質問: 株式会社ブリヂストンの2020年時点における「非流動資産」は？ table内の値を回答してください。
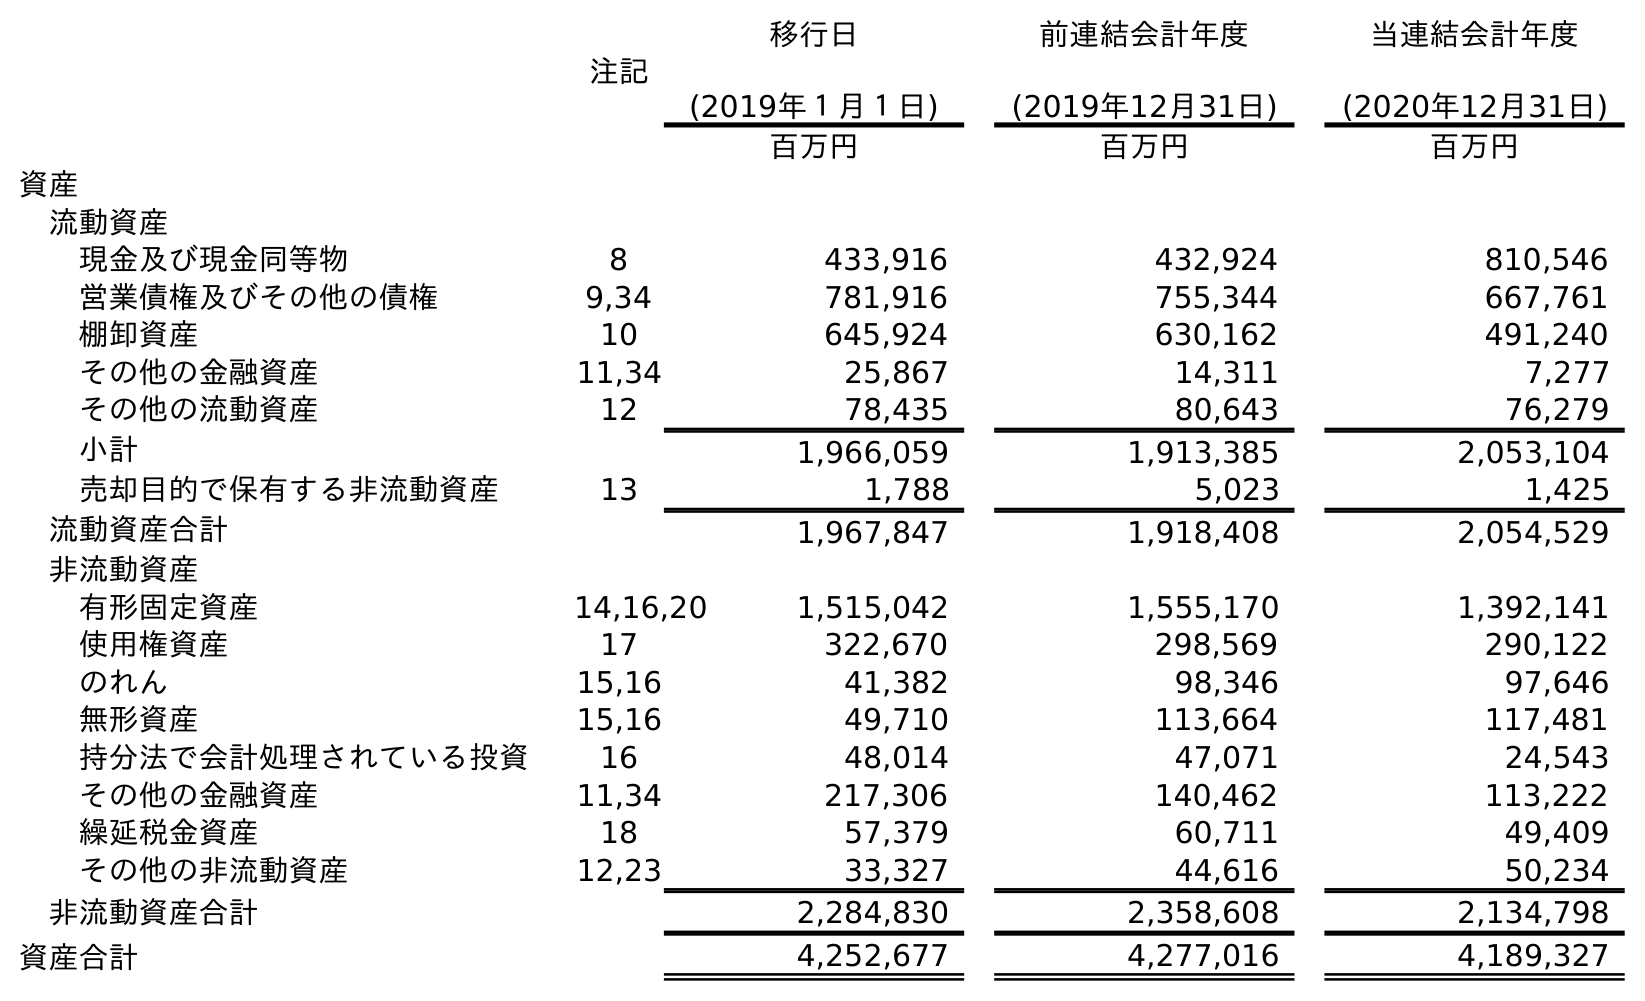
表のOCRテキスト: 注記 移行日 (2019年１月１日) 前連結会計年度 (2019年12月31日) 当連結会計年度 (2020年12月31日) 百万円 百万円 百万円 資産 流動資産 現金及び現金同等物 8 433,916 432,924 810,546 営業債権及びその他の債権 9,34 781,916 755,344 667,761 棚卸資産 10 645,924 630,162 491,240 その他の金融資産 11,34 25,867 14,311 7,277 その他の流動資産 12 78,435 80,643 76,279 小計 1,966,059 1,913,385 2,053,104 売却目的で保有する非流動資産 13 1,788 5,023 1,425 流動資産合計 1,967,847 1,918,408 2,054,529 非流動資産 有形固定資産 14,16,20 1,515,042 1,555,170 1,392,141 使用権資産 17 322,670 298,569 290,122 のれん 15,16 41,382 98,346 97,646 無形資産 15,16 49,710 113,664 117,481 持分法で会計処理されている投資 16 48,014 47,071 24,543 その他の金融資産 11,34 217,306 140,462 113,222 繰延税金資産 18 57,379 60,711 49,409 その他の非流動資産 12,23 33,327 44,616 50,234 非流動資産合計 2,284,830 2,358,608 2,134,798 資産合計 4,252,677 4,277,016 4,189,327
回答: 2,134,798